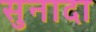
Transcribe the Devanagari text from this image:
सुनादा